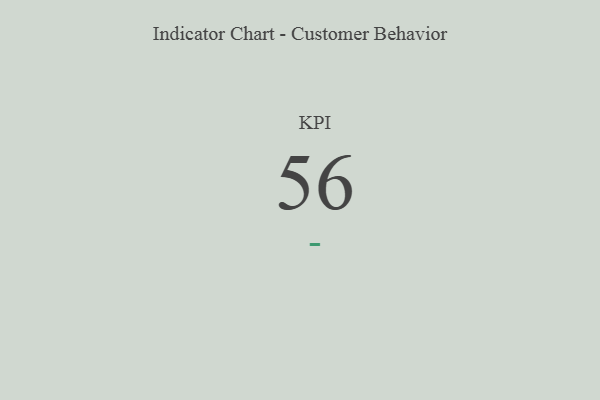
{"axis": {"x": "KPI", "y": "Value"}, "legend": [""], "data": [{"x": "KPI", "y": 56, "type": ""}]}